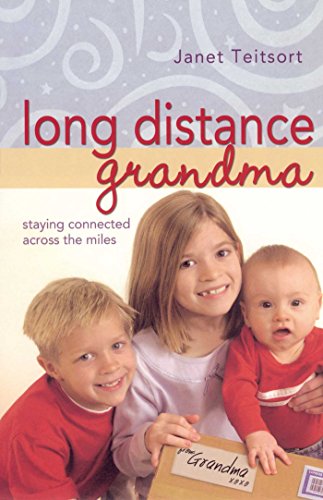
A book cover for Long Distance Grandma: Staying Connected Across the Miles (Motherhood Club); Janet Teitsort; Parenting & Relationships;